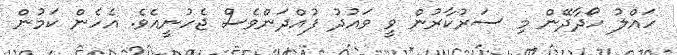
ހައްލު ހޯދާދޭން މި ސަރުކާރުން ވީ ވައުދު ފުއްދަންވެސް ޖެހުނީއެވެ. އެހެން ކަމުން